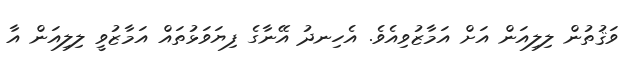
ވަޤުތުން ލިލިއަން އަށް އަމާޒުވިއެވެ. އެހިނދު އޭނާގެ ފިޔަވަޅުތައް އަމާޒުވީ ލިލިއަން އާ